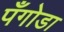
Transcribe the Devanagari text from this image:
पँगोडा